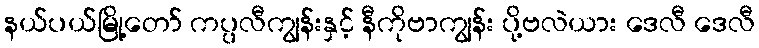
နယ်ပယ်မြို့တော် ကပ္ပလီကျွန်းနှင့် နီကိုဗာကျွန်း ပို့ဗလဲယား ဒေလီ ဒေလီ